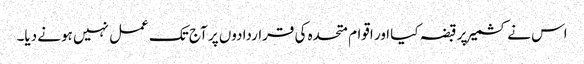
اس نے کشمیر پر قبضہ کیا اور اقوام متحدہ کی قراردادوں پر آج تک عمل نہیں ہونے دیا۔